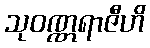
သုဝဏ္ဏရာဇီဟိ